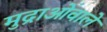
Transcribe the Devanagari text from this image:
मुद्राओंवाले